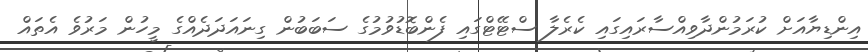
އިންޑިޔާއަށް ކުރަމުންދާވިއްސާރައިގައި ކެރެލާ ސްޓޭޓްގައި ފެންބޮޑުވުމުގެ ސަބަބުން ގިނައަދަދެއްގެ މީހުން މަރުވެ އެތައް